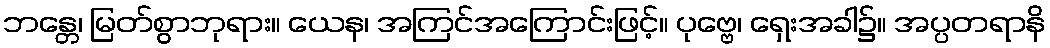
ဘန္တေ၊ မြတ်စွာဘုရား။ ယေန၊ အကြင်အကြောင်းဖြင့်။ ပုဗ္ဗေ၊ ရှေးအခါ၌။ အပ္ပတရာနိ